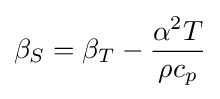
\beta _{S}=\beta _{T}-{\frac {\alpha ^{2}T}{\rho c_{p}}}